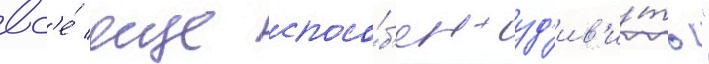
вс'е́ еще спосо́б'ен уд'ив'и́ть"